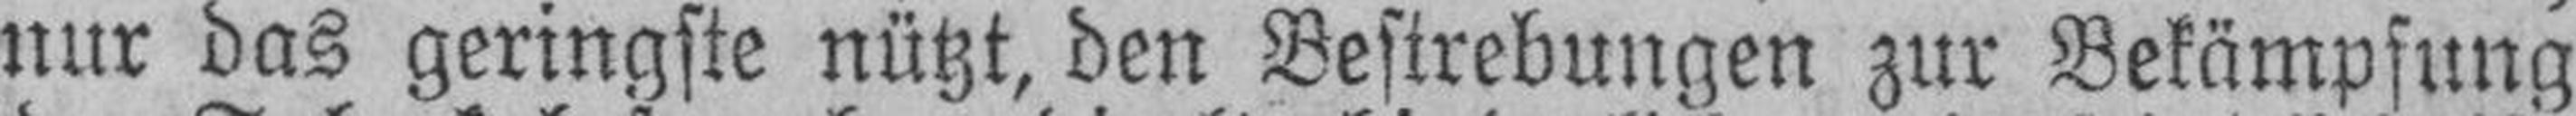
nur das geringste nützt, den Bestrebungen zur Bekämpfung